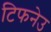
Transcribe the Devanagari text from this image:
टिफनेउ